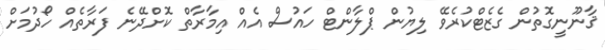
ޤާނޫނީގޮތުން ގެޒެޓްކުރެވޭ ލިޔުން ޕްލާންޓް ހައުސް އެއް އިމާރާތް ކޮށްދޭނެ ފަރާތެއް ހޯދުމަށް